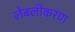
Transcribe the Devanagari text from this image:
लेबलीकरण